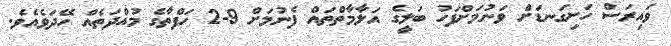
ވައިރަސް ހަށިގަނޑަށް ވަނުމަށްފަހު ބަލީގެ އަލާމާތްތައް ފެނުމަށް 9-2 ހަފްތާގެ މުއްދަތެއް ހޭދަވެއެވެ.